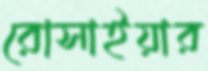
রোসাইয়ার